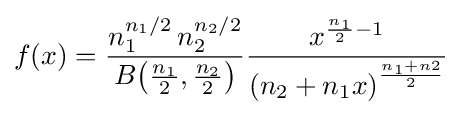
f(x)={\frac {n_{1}^{{n_{1}}/{2}}\,n_{2}^{{n_{2}}/{2}}}{B{\left({\frac {n_{1}}{2}},{\frac {n_{2}}{2}}\right)}}}{\frac {x^{{\frac {n_{1}}{2}}-1}}{{\left(n_{2}+n_{1}x\right)}^{\frac {n_{1}+n2}{2}}}}